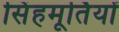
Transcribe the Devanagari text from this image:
सिंहमूर्तियों